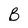
Character: B